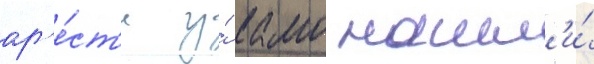
ар'е́ст'е у́ камо нашл'и́